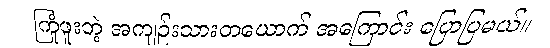
ကြုံဖူးတဲ့ အကျဉ်းသားတယောက် အကြောင်း ပြောပြမယ်။